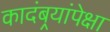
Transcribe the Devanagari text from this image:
कादंबर्‍यांपेक्षा